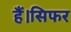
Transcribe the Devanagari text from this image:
हैं।सिफर